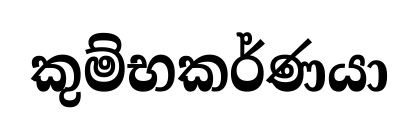
කුම්භකර්ණයා